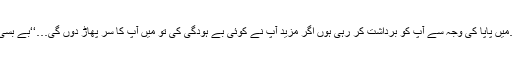
’’بکواس بند کرو…میں پاپا کی وجہ سے آپ کو برداشت کر رہی ہوں اگر مزید آپ نے کوئی بے ہودگی کی تو میں آپ کا سر پھاڑ دوں گی…‘‘بے بسی کی حد ہی تو تھی۔